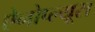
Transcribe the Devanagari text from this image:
ऐनोप्ल्यूरा